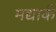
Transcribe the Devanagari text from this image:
मद्यार्क